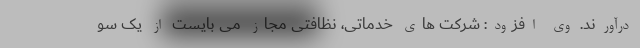
درآورند. وی افزود: شرکت های خدماتی، نظافتی مجاز می بایست از یک سو